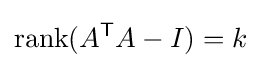
\operatorname {rank} (A^{\textsf {T}}A-I)=k